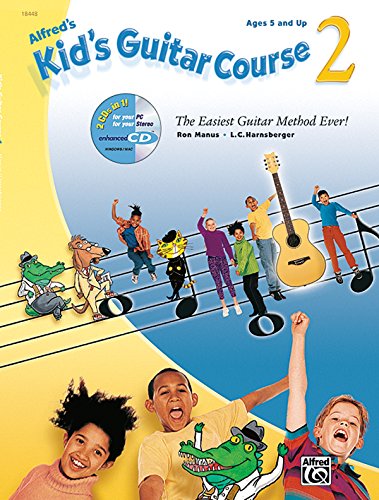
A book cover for Kid's Guitar Course, Book 2 (Book & Enhanced CD) (Kid's Courses!); L.C. Harnsberger; Children's Books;